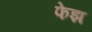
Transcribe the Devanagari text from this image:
फेझ